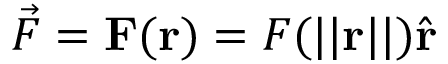
{ \vec { F } } = \mathbf { F } ( \mathbf { r } ) = F ( | | \mathbf { r } | | ) { \hat { \mathbf { r } } }